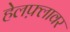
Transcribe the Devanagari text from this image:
हेलफ़्लावर